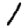
Digit: 1